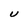
Character: U